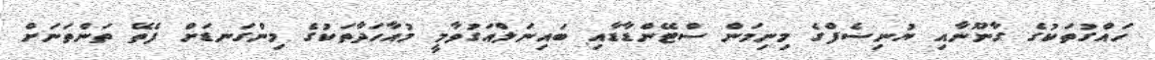
ހައްގުތަކުގެ ގާނޫނާއި ޔުނިސެފްގެ މިނިމަން ސްޓޭންޑާޑާއި ބައިނަލްއަގުވާމީ މުއާހަދާތަކުގެ މިންގަނޑަށް ފެތޭ ތަންތަނަށް